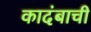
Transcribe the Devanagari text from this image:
कादंबाची